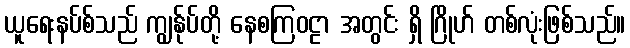
ယူရေးနပ်စ်သည် ကျွန်ုပ်တို့ နေစကြဝဠာ အတွင်း ရှိ ဂြိုဟ် တစ်လုံးဖြစ်သည်။